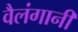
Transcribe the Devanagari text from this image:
वैलंगानी